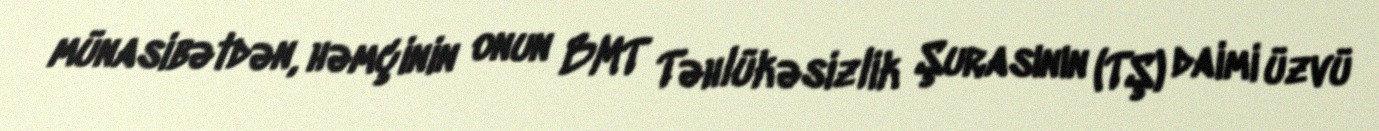
münasibətdən, həmçinin onun BMT Təhlükəsizlik Şurasının (TŞ) daimi üzvü